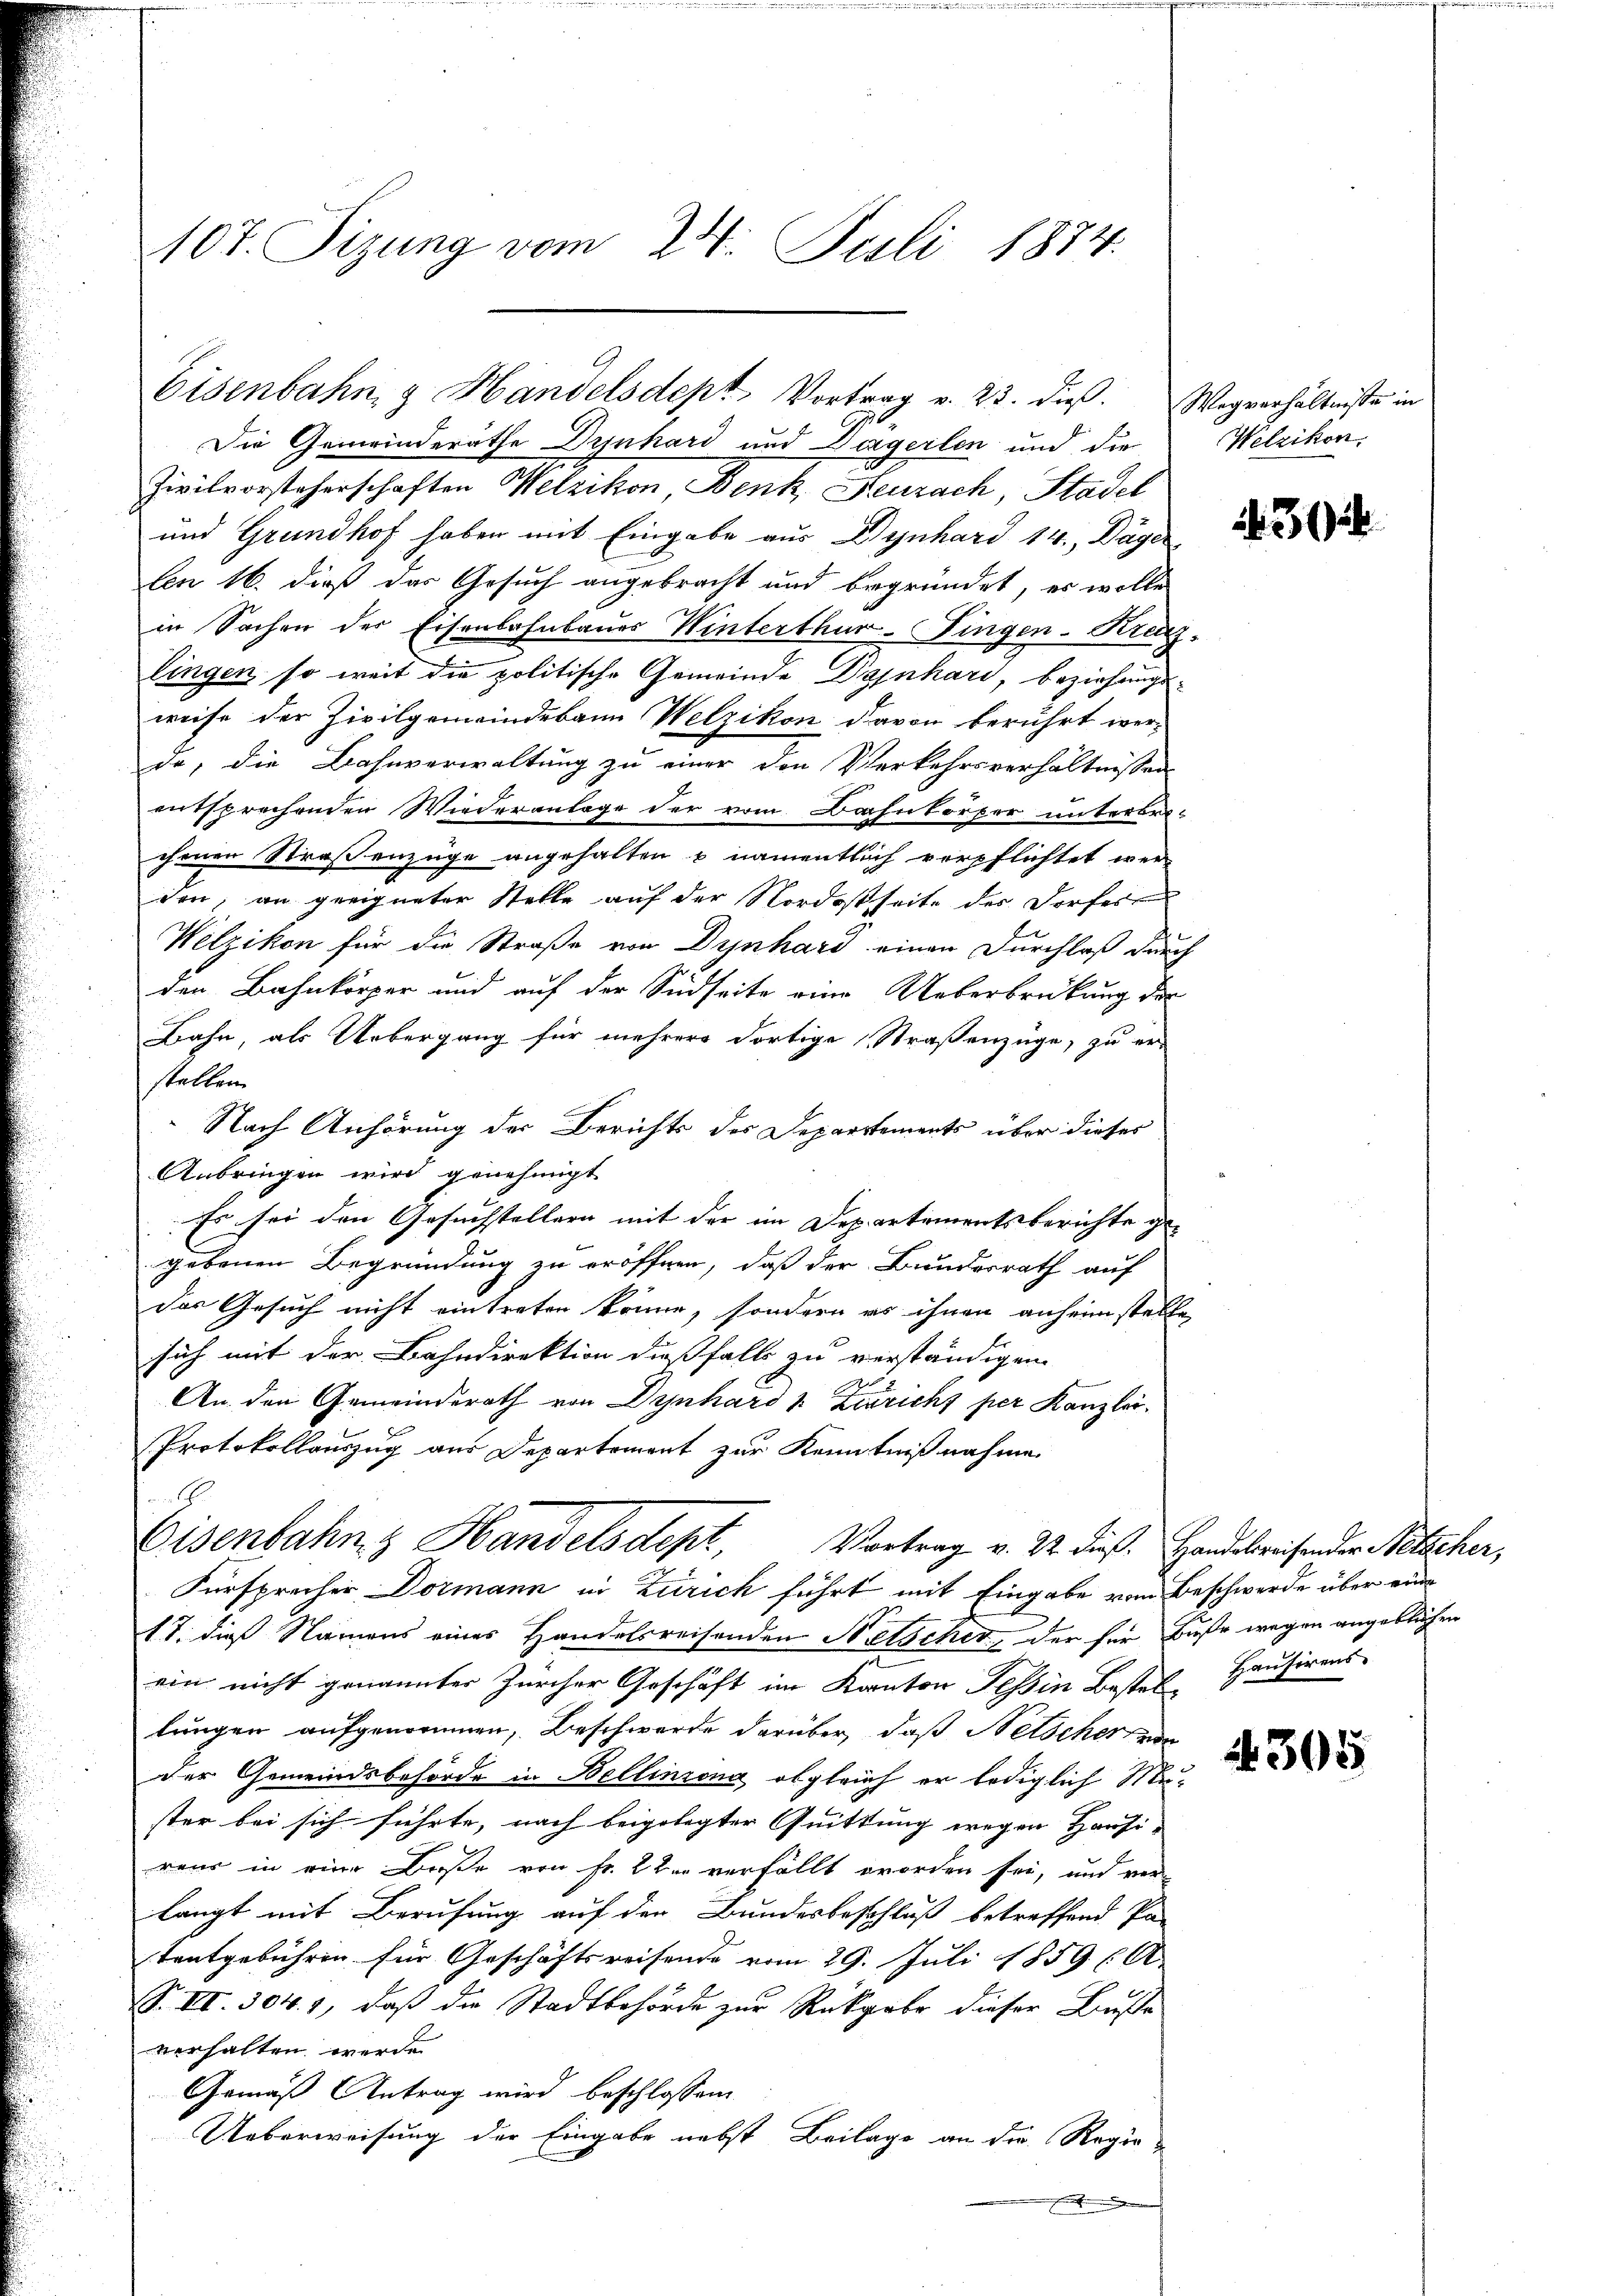
10t. Fizung vom 24. Juli 1874.

Eisenbahn & Handelsdept Vortrag v. 23. dieß. Wegverhältnisse in

Die Gemeinderathe Drinhard und Dargerlen und die Welzikon,
Zivilvorsteherschaften Welzikon, Benk, Neuzach, Stadel
und Grundhof haben mit Eingabe aus Dynhard 14., Däger
len 16. dieß das Gesuch angebracht und begründet, es wolle
in Sachen der Eisenbahnbaues Winterthur-Fingen-Kranz-
lingen so weit die politische Gemeinde Dajnhard, beziehungsweise der Zivilgemeindebann Welzikon davon berührt wer-
da, die Bahnverwaltung zu einer den Verkehrsverhältnissen
entsprechenden Wiederanlage der vom Bahnkörper unterbrichenen Straßenzüge angehalten & namentlich verpflichtet wer
don, an geeigneter Stelle auf der Nordostseite des Dorfes
Welzikon für die Straße von Dynhard einen Durchlaß durch
den Bahnkörper und auf der Südseite eine Ueberbrückung der
Bahn, als Uebergang für mehrere dortige Straßenzüge, zu er-
stellen.
Nach Anhörung der Berichts des Departements über dieses
Anbringen wird genehmigt
Es sei den Gesuchstellern mit der im Departementsberichte ge-
gebenen Begründung zu eröffnen, daß der Bundesrath auf
das Gesuch nicht eintreten könne, sondern es ihnen anheimstelle
sich mit der Bahndirektion dießfalls zu verständigen
An den Gemeinderath von Dynhard u. Zerricht per Kanzlei-
Protokollauszug aus Departement zur Kenntnißnahme.
Eisenbahn & Handelsdept, Vortrag v. 22. dieß. Handelweisender Petscher,
Fürsprecher Dormann in Zürich führt mit Eingabe vom Beschwerde über eine
17. dieß Namens eines Handelsreisenden Netscher, der für Buße wegen angeblichen
ein nicht genannter Zürcher Geschäft im Kanton Tessin Bestel-
lungen aufgenommen, Beschwerde darüber, daß Netscher von
der Gemeindsbehörde in Bellinzona, obgleich er lediglich Muster bei sich führte, nach beigelegter Quittung wegen Hausi-
rens in eine Baße von Fr. 2 der verfällt worden sei, und ver-
langt mit Berufung auf den Bundesbeschluß betreffend Pa-
tentgebühren für Geschäftsreisende vom 29. Juli 1859 (A
S. VI. 304. 1, daß die Stadtbehörde zur Rückgabe dieser Buße
verhalten werde
Gemäß Antrag wird beschlossen
Ueberweisung der Eingabe nebst Beilage an die Regieun haben de

Hausirens.

305